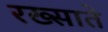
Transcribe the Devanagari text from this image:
रख्साते